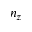
n _ { z }